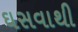
ઘસવાથી